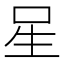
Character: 𭺲